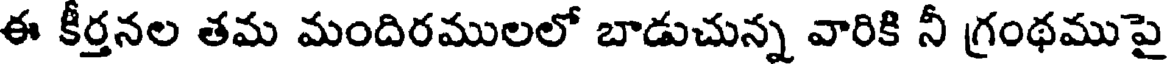
ఈ కీర్తనల తమ మందిరములలో బాడుచున్న వారికి నీ గ్రంథముపై